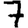
Digit: 7